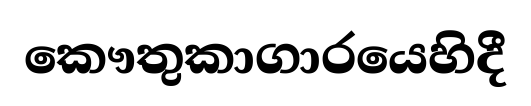
කෞතුකාගාරයෙහිදී